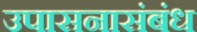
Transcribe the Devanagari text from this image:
उपासनासंबंध